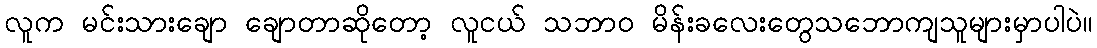
လူက မင်းသားချော ချောတာဆိုတော့ လူငယ် သဘာဝ မိန်းခလေးတွေသဘောကျသူများမှာပါပဲ။